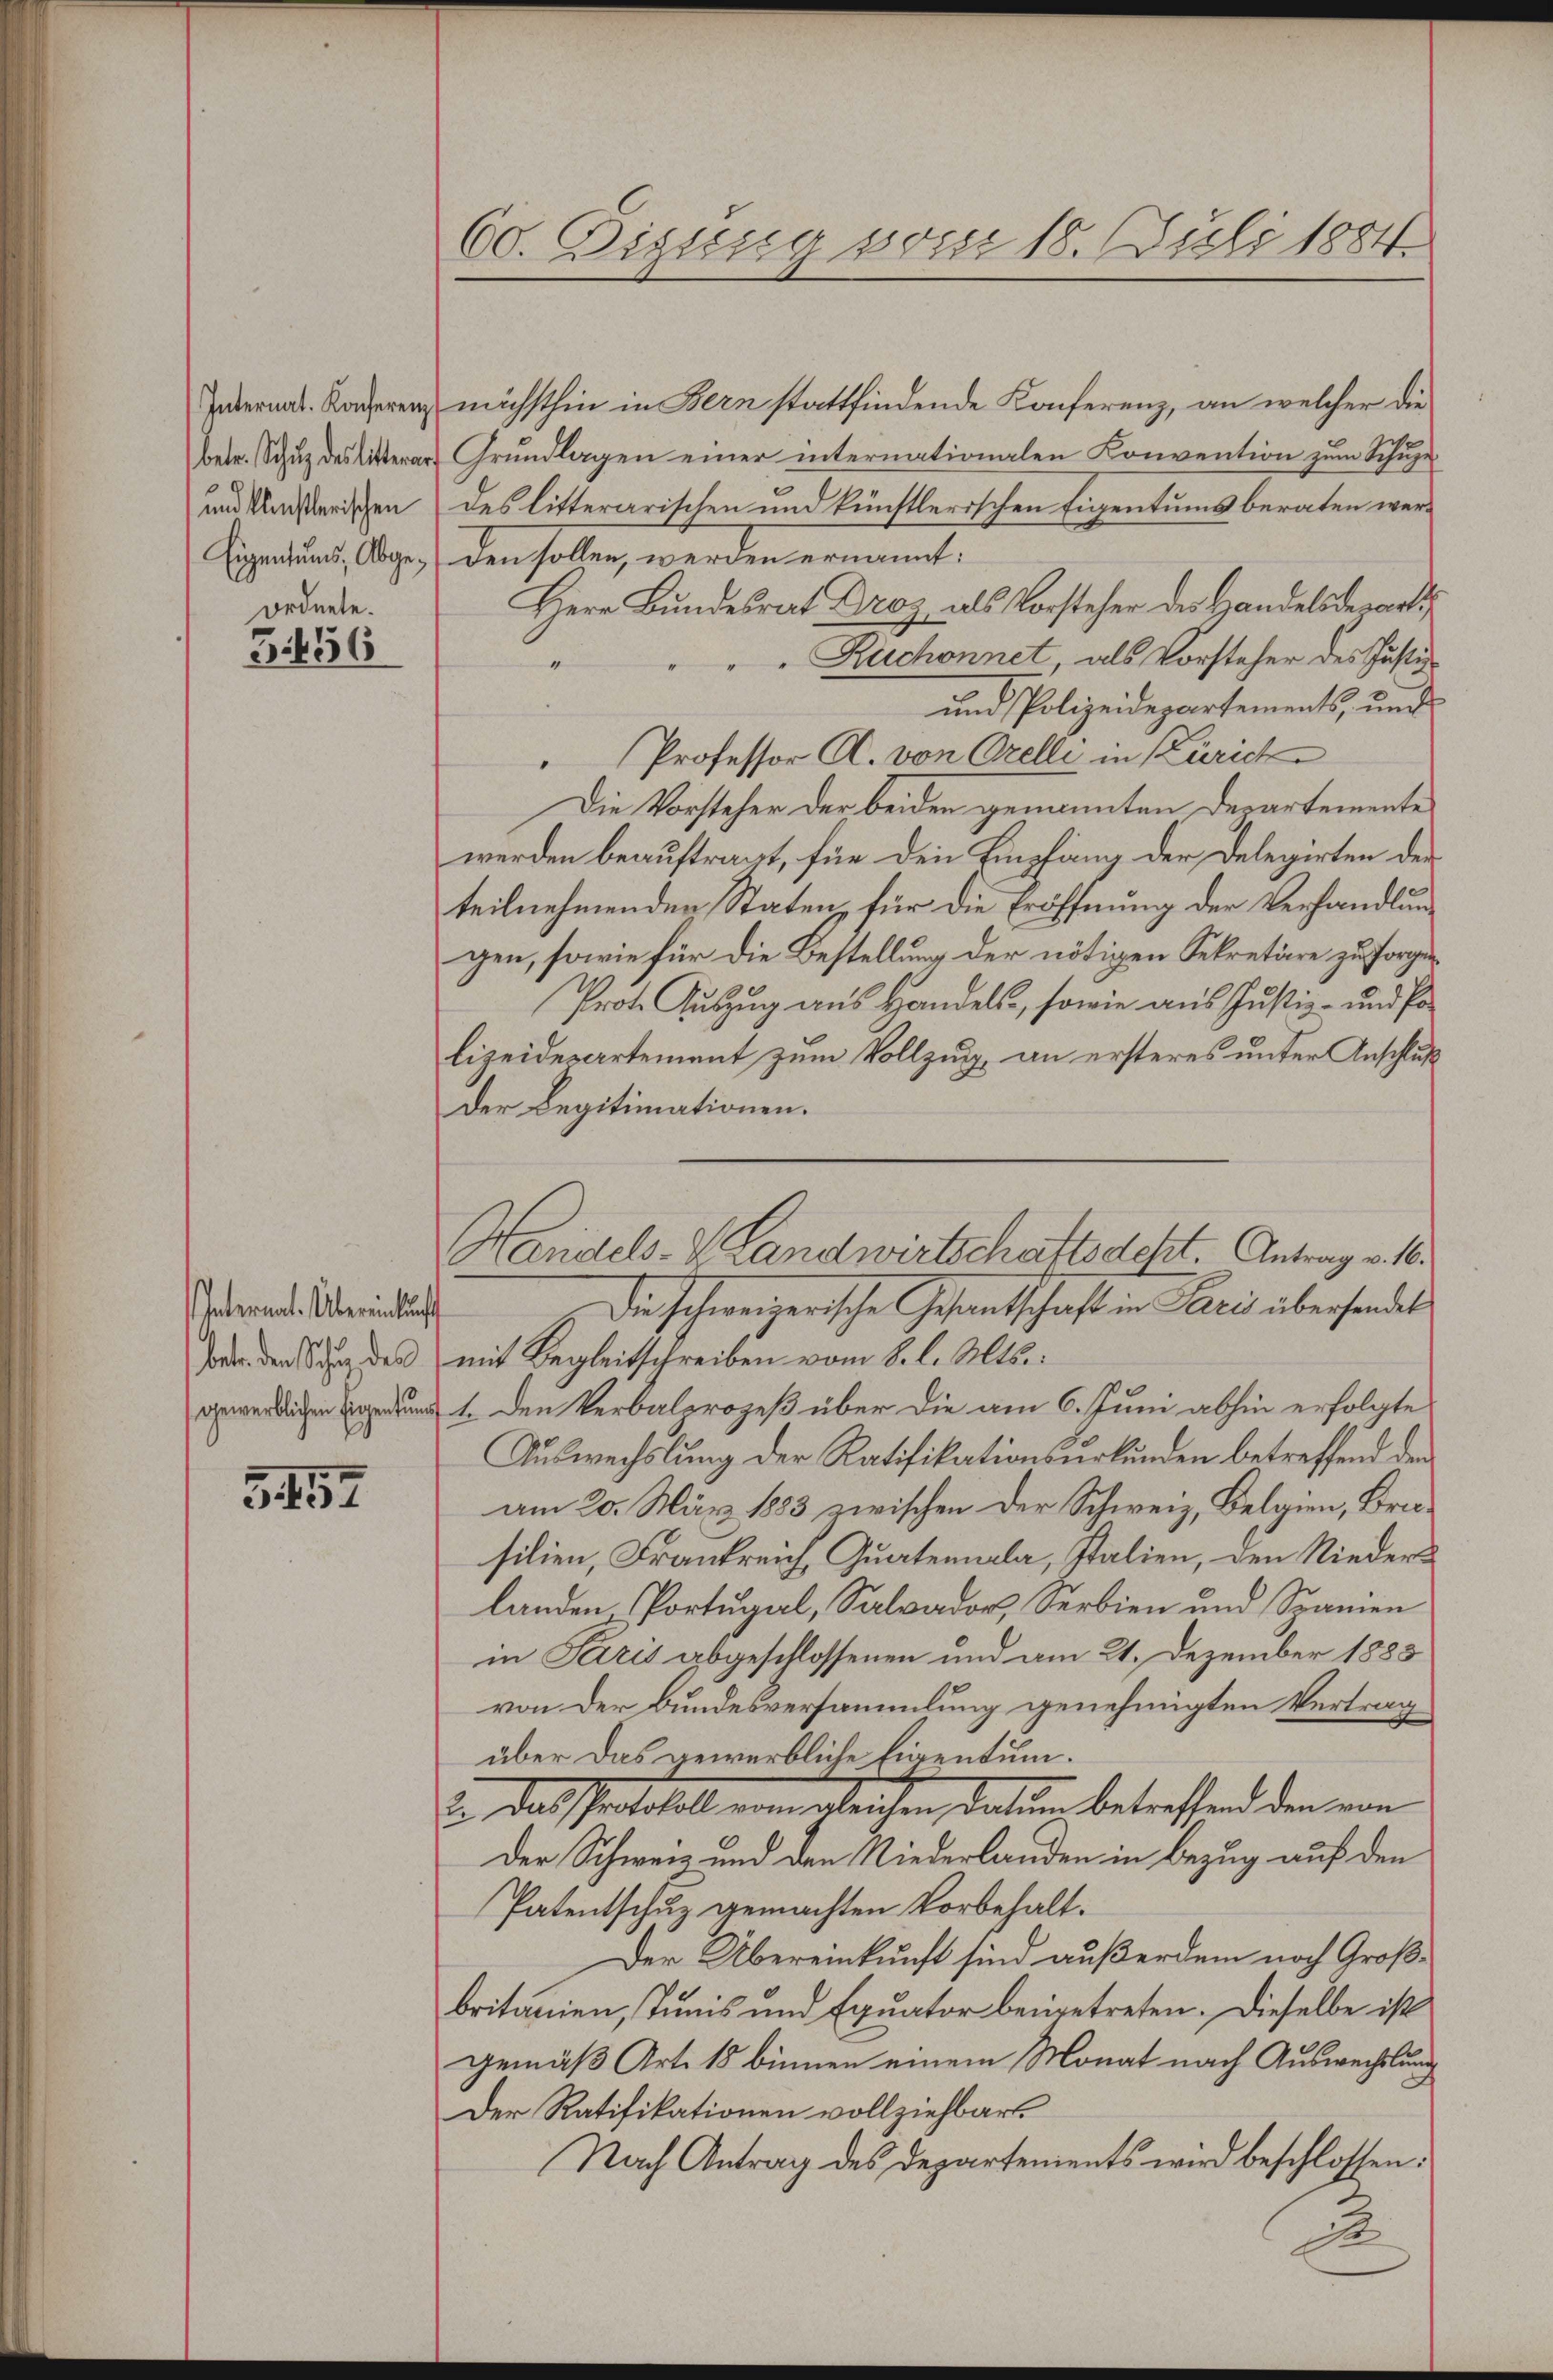
und künstlerischen
Eigentums, Abgeordnete.

5.456

Intermal. Übereinkung
beten den Schen des
gewerblichen Eigentung

5457

Jedern. Konferen nächsthin in Bern stattfindende Konferenz, an welcher die
betr. Schŭz des litterar Grundlagen einer internationalen Konvention zum Schŭge-
des litterarischen und künstlerischen Eigentums beraten werden sollen, werden ernannt:
Herr Bundesrat Droz, als Vorsteher des Handelsdepart
Ruchonnet, als Vorsteher des Justiz-
.
und Polizeidepartements, und
Professor A. von Orelli in Zürich
Die Vorsteher der beiden genannten Departemente
werden beauftragt, für den Empfang der Delegirten der
teilnehmenden Staten für die Eröffnung der Verhandlungen, sowie für die Bestellung der nötigen Sekretäre zu sorge¬
Prot. Auszug aus Handels, sowie aus Justiz- und Polizeidepartement zum Vollzug an ersteres unter Anschluß
Der Legitimationen.
Die Schweizerische Gesantschaft in Paris übersendet
mit Begleitschreiben vom 8. l. Mts.:
1. Den Verbalprozeß über die am 6. Juni abhin erfolgte
Auswechslung der Ratifikationsurkunden betreffend den
am 20. März 1883 zwischen der Schweiz, Belgien, Brusilien, Frankreich Quatennala, Italien, den Nieders
landen Portugal, Salvador Serbien und Spanien
in Paris abgeschlossenen und am 21. Dezember 1883
von der Bundesversammlung genehmigten Vertrag
über das gewerbliche Eigentum.
E das Protokoll vom gleichen, datum betreffend den von
Der Schweiz und den Niederlanden in Bezug auf den
Patentschuz gemachten Vorbehalt¬
Der Übereinkunft sind außerdem noch Großbritanien, Tunis und Equator beigetreten. Dieselbe ist
gemäß Art. 15 binnen einem Monat nach Auswechslung
Der Ratifikationen vollziehbart
Nach Antrag des Departements wird beschlossen:
d

60. Eigung vom 18. Juli 1884.

Handels- & Landwirtschaftsdest. Antrag v. 16.